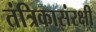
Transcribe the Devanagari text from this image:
तंत्रिकासंरक्षी